Insane asylums in Bengal annual reports 1876-1887 - 1876-1887
Year: 1876
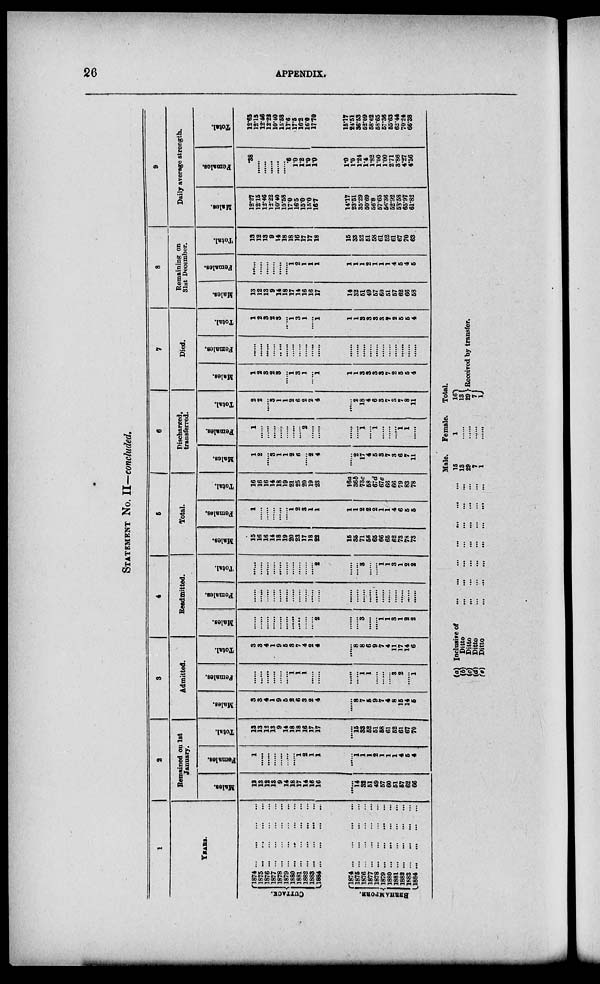
26
APPENDIX.
STATEMENT NO. II—concluded.
1
YEARS.
CUTTACK.
BERHAMPORE.
1874 ... ... ... ...
1875 ... ... ... ..
1876 ... ... ... ...
1877
...
...
...
...
1878
...
...
...
1879
...
...
...
...
1880 ... ... ... ...
1881 ... ... ... ...
1882 ... ... ... ...
1888 ... ... ... ...
1884
...
...
...
...
1874 ... ... ... ...
1875
...
...
...
...
1876
...
...
...
...
1877 ... ... ... ...
1878
...
...
...
...
1879
...
...
...
...
1880 ... ... ... ...
1881 ... ... ... ...
1882 ... ... ... ...
1888 ... ... ... ...
1884
...
...
...
...
2
Remained on 1st
January.
Males.
12
13
12
13
9
14
18
17
14
16
16
......
14
32
51
49
57
60
51
57
62
66
Females.
1
......
......
......
......
......
......
1
2
1
1
......
1
1
1
2
1
1
1
4
5
4
Total.
13
13
12
13
9
14
18
18
16
17
17
......
15
33
52
51
58
61
52
61
67
70
3
Admitted.
Males.
3
3
4
1
9
5
......
6
3
2
4
......
8
7
5
9
7
4
8
15
14
5
Females.
......
......
......
......
......
......
1
1
1
......
......
......
......
1
1
......
......
......
3
2
......
1
Total.
3
3
4
1
9
5
3
7
4
2
4
......
8
8
6
9
7
4
11
17
14
6
4
Readmitted.
Males.
......
......
......
......
......
......
......
.....
......
......
2
......
......
3
......
......
1
1
3
1
2
2
Females.
......
......
......
......
......
......
......
......
......
......
......
......
......
......
......
......
......
......
......
......
......
......
Total.
......
......
......
......
......
......
......
......
......
2
......
.
3
......
......
1
1
3
1
2
2
5
Total.
Males.
15
16
16
14
18
19
20
23
17
18
22
15
35
71
56
65
66
65
62
73
78
73
Females.
1
......
......
......
......
......
1
2
3
1
1
1
1
2
2
2
1
1
4
6
5
5
Total.
16
16
16
14
18
19
21
25
20
19
23
16a
86b
73c
58
67d
67.
66
66
79
83
78
6
Discharged,
transferred.
Males.
1
2
......
3
1
1
2
6
......
2
4
......
2
17
4
5
3
7
3
6
7
11
Females.
1
......
......
......
......
......
......
......
2
......
......
......
......
1
......
1
......
......
......
1
1
......
Total.
2
2
......
3
1
1
2
6
2
2
4
2
18
4
6
3
7
3
7
8
11
7
Died.
Males.
1
2
3
2
3
......
1
3
1
......
1
1
1
3
3
3
3
7
2
5
5
4
Females.
......
......
......
......
......
......
......
......
......
......
......
......
......
......
......
......
......
......
......
......
......
......
Total.
1
2
3
2
3
......
1
3
1
......
1
1
1
3
3
3
3
7
2
5
5
4
8
Remaining on
31st December.
Males.
13
12
13
9
14
18
17
14
16
16
17
14
32
51
49
57
60
51
57
62
66
58
Females.
......
......
......
......
......
......
1
2
1
1
1
1
1
1
2
1
1
1
4
6
4
5
Total.
13
12
13
9
14
18
18
16
17
17
18
15
33
52
51
58
61
52
61
67
70
63
9
Daily average strength.
Males.
12.27
12.15
12.46
12.22
10.40
15.58
17.0
16.5
15.0
15.0
16.7
1417
23.51
35.29
50.69
56.8
57.65
56.36
52.92
53.58
65.97
61.82
Females.
.38
......
......
......
......
......
.6
1.0
1.2
1.0
1.0
1.0
1.0
1.24
1.4
1.82
1.00
1.00
2.71
3.86
4.27
4.56
Total.
12.65
12.15
12.46
12.22
10.40
15.58
17.6
.17.5
16.2
16.0
17.70
15.17
24.51
36.53
52.09
58.62
58.65
57.36
55.63
62.44
70.24
66.38
(a)
(b)
(c)
(d)
(e)
Inclusive of ... ... ... ... ... ... ...
Ditto
...
...
...
...
...
...
...
Ditto
...
...
...
...
...
...
...
Ditto
...
...
...
...
...
...
...
...
Ditto
...
...
...
...
...
...
...
Male.
15
13
29
7
1
Female.
1
......
......
......
......
Total.
16
13
29
7
1
Received by transfer.